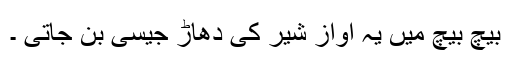
بیچ بیچ میں یہ آواز شیر کی دھاڑ جیسی بن جاتی ۔